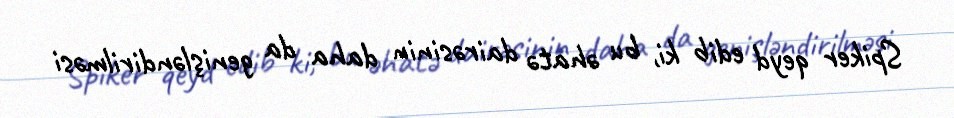
Spiker qeyd edib ki, bu əhatə dairəsinin daha da genişləndirilməsi